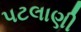
પટલાણી